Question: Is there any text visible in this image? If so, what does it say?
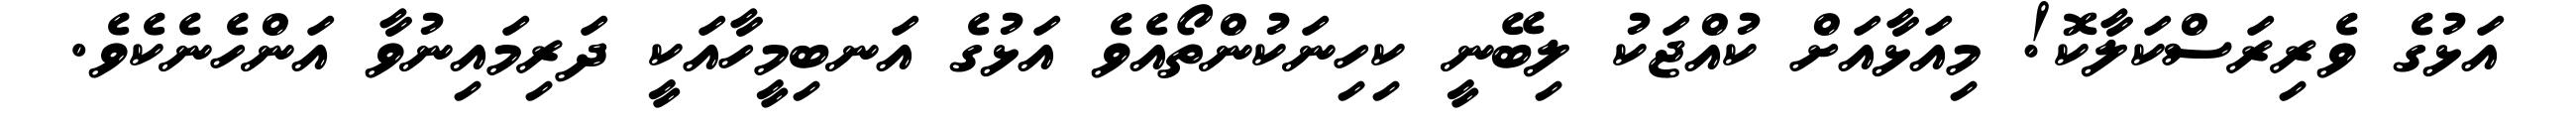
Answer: އަޅުގެ ވެރިރަސްކަލާކޮ! މިއަޅާއަށް ކުއްޖަކު ލިބޭނީ ކިހިނަކުންތޯއެވެ އަޅުގެ އަނބިމީހާއަކީ ދަރިމައިނުވާ އަންހެނެކެވެ.